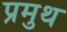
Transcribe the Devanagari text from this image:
प्रमुथ